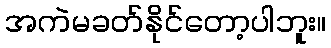
အကဲမခတ်နိုင်တော့ပါဘူး။